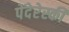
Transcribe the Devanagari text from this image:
पेंदेरेस्की